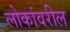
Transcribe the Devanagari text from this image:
लोकांवरील